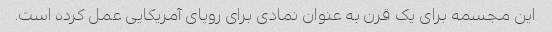
این مجسمه برای یک قرن به عنوان نمادی برای رویای آمریکایی عمل کرده است.